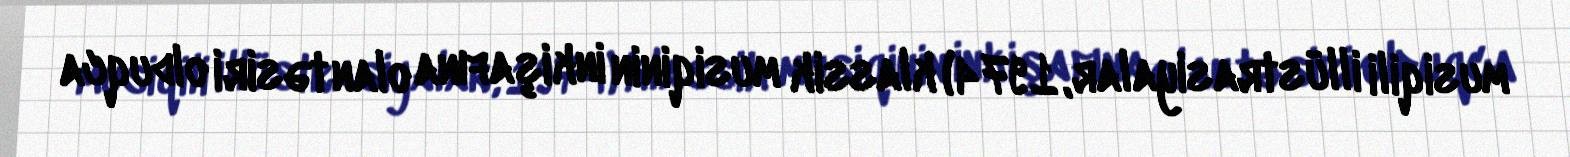
musiqili illüstrasiyalar, 1974) klassik musiqinin inkişafına olan təsiri olduqca